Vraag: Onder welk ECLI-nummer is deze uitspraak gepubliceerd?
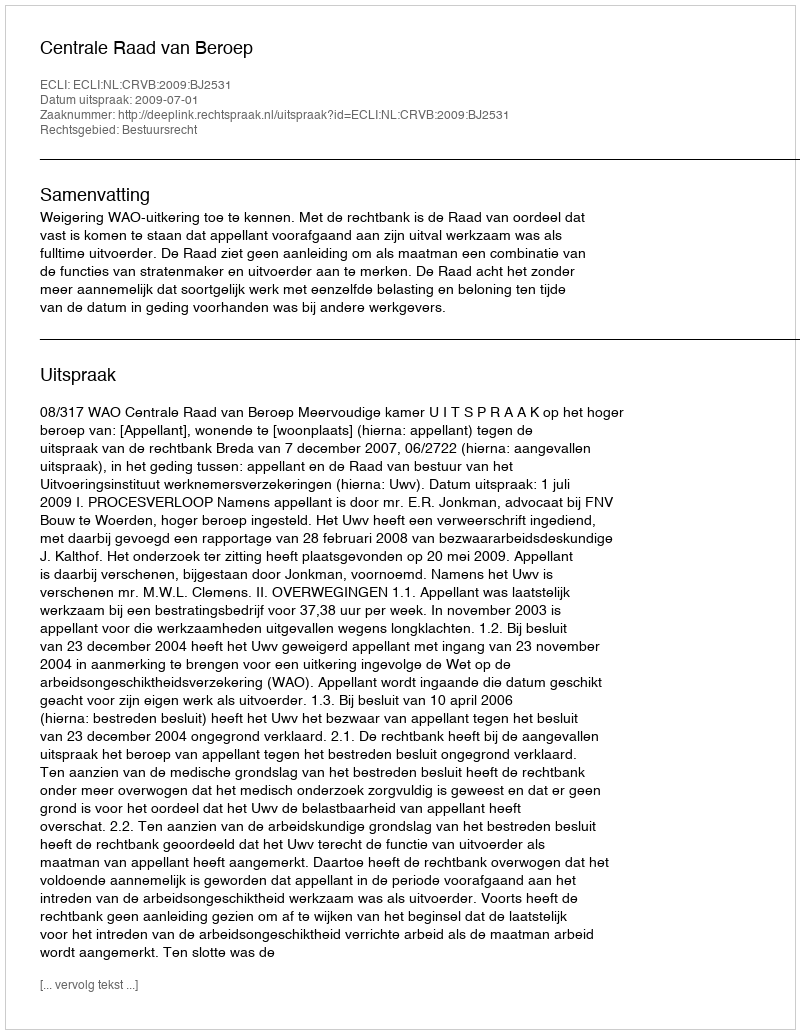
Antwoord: ECLI:NL:CRVB:2009:BJ2531